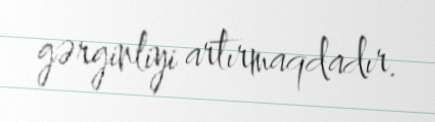
gərginliyi artırmaqdadır.